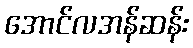
အောင်လအန်ဆန်း